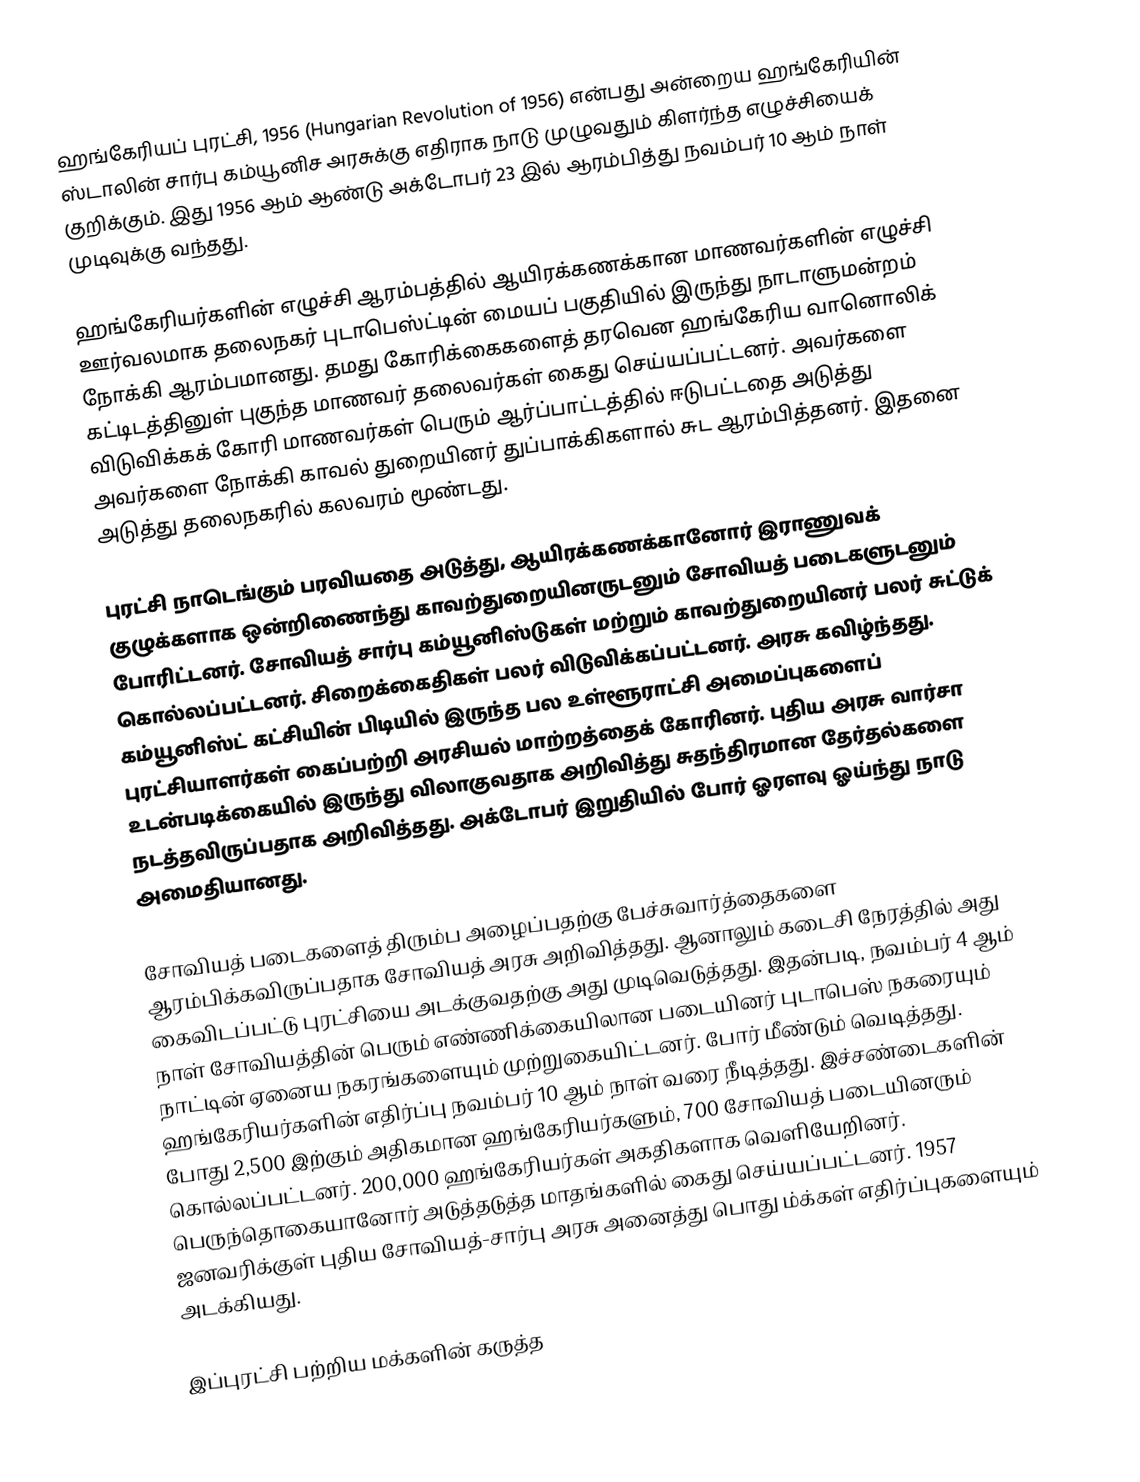
ஹங்கேரியப் புரட்சி, 1956 (Hungarian Revolution of 1956) என்பது அன்றைய ஹங்கேரியின் ஸ்டாலின் சார்பு கம்யூனிச அரசுக்கு எதிராக நாடு முழுவதும் கிளர்ந்த எழுச்சியைக் குறிக்கும். இது 1956 ஆம் ஆண்டு அக்டோபர் 23 இல் ஆரம்பித்து நவம்பர் 10 ஆம் நாள் முடிவுக்கு வந்தது.

ஹங்கேரியர்களின் எழுச்சி ஆரம்பத்தில் ஆயிரக்கணக்கான மாணவர்களின் எழுச்சி ஊர்வலமாக தலைநகர் புடாபெஸ்ட்டின் மையப் பகுதியில் இருந்து நாடாளுமன்றம் நோக்கி ஆரம்பமானது. தமது கோரிக்கைகளைத் தரவென ஹங்கேரிய வானொலிக் கட்டிடத்தினுள் புகுந்த மாணவர் தலைவர்கள் கைது செய்யப்பட்டனர். அவர்களை விடுவிக்கக் கோரி மாணவர்கள் பெரும் ஆர்ப்பாட்டத்தில் ஈடுபட்டதை அடுத்து அவர்களை நோக்கி காவல் துறையினர் துப்பாக்கிகளால் சுட ஆரம்பித்தனர். இதனை அடுத்து தலைநகரில் கலவரம் மூண்டது.

புரட்சி நாடெங்கும் பரவியதை அடுத்து, ஆயிரக்கணக்கானோர் இராணுவக் குழுக்களாக ஒன்றிணைந்து காவற்துறையினருடனும் சோவியத் படைகளுடனும் போரிட்டனர். சோவியத் சார்பு கம்யூனிஸ்டுகள் மற்றும் காவற்துறையினர் பலர் சுட்டுக் கொல்லப்பட்டனர். சிறைக்கைதிகள் பலர் விடுவிக்கப்பட்டனர். அரசு கவிழ்ந்தது. கம்யூனிஸ்ட் கட்சியின் பிடியில் இருந்த பல உள்ளூராட்சி அமைப்புகளைப் புரட்சியாளர்கள் கைப்பற்றி அரசியல் மாற்றத்தைக் கோரினர். புதிய அரசு வார்சா உடன்படிக்கையில் இருந்து விலாகுவதாக அறிவித்து சுதந்திரமான தேர்தல்களை நடத்தவிருப்பதாக அறிவித்தது. அக்டோபர் இறுதியில் போர் ஓரளவு ஓய்ந்து நாடு அமைதியானது.

சோவியத் படைகளைத் திரும்ப அழைப்பதற்கு பேச்சுவார்த்தைகளை ஆரம்பிக்கவிருப்பதாக சோவியத் அரசு அறிவித்தது. ஆனாலும் கடைசி நேரத்தில் அது கைவிடப்பட்டு புரட்சியை அடக்குவதற்கு அது முடிவெடுத்தது. இதன்படி, நவம்பர் 4 ஆம் நாள் சோவியத்தின் பெரும் எண்ணிக்கையிலான படையினர் புடாபெஸ் நகரையும் நாட்டின் ஏனைய நகரங்களையும்  முற்றுகையிட்டனர். போர் மீண்டும் வெடித்தது. ஹங்கேரியர்களின் எதிர்ப்பு நவம்பர் 10 ஆம் நாள் வரை நீடித்தது. இச்சண்டைகளின் போது 2,500 இற்கும் அதிகமான ஹங்கேரியர்களும், 700 சோவியத் படையினரும் கொல்லப்பட்டனர். 200,000 ஹங்கேரியர்கள் அகதிகளாக வெளியேறினர். பெருந்தொகையானோர் அடுத்தடுத்த மாதங்களில் கைது செய்யப்பட்டனர். 1957 ஜனவரிக்குள் புதிய சோவியத்-சார்பு அரசு அனைத்து பொது ம்க்கள் எதிர்ப்புகளையும் அடக்கியது.

இப்புரட்சி பற்றிய மக்களின் கருத்த